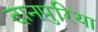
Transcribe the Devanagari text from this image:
दानपुरिया